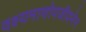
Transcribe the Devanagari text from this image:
वक्ष्यमाणोपजीवनेन